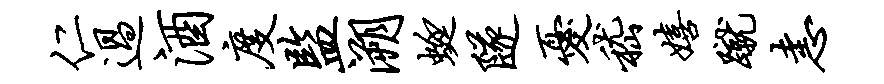
仁过酒度监溯蜓隧忧嵇嬉蹴恚